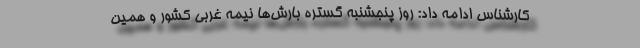
کارشناس ادامه داد: روز پنجشنبه گستره بارش‌ها نیمه غربی کشور و همین